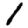
Digit: 1